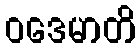
ဝဒေမာတိ